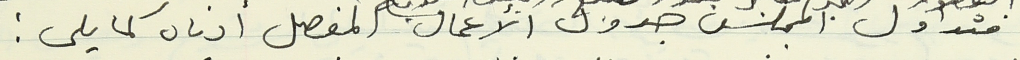
فتداول المجلس جدول الأعمال المفصل أدناه كما يلي :